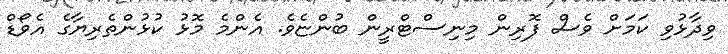
ވިދާޅުވި ކަމަށް ވެސް ފޮރިން މިނިސްޓްރީން ބުންޏެވެ. އެންމެ މޮޅު ކުޅުންތެރިޔާގެ އެވޯޑް